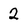
Character: 2